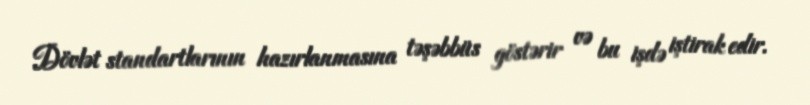
Dövlət standartlarının hazırlanmasına təşəbbüs göstərir və bu işdə iştirak edir.